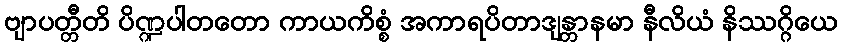
ဗျာပတ္တီတိ ပိဏ္ဍပါတတော ကာယကိစ္စံ အကာရပိတာဒျန္တာနမာ နီလိယံ နိဿဂ္ဂိယေ